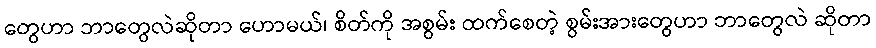
တွေဟာ ဘာတွေလဲဆိုတာ ဟောမယ်၊ စိတ်ကို အစွမ်း ထက်စေတဲ့ စွမ်းအားတွေဟာ ဘာတွေလဲ ဆိုတာ